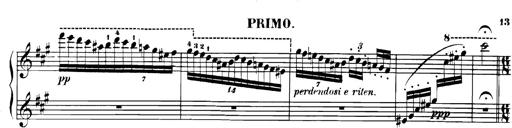
Title: Spinnerlied aus dem Fliegenden HollÃ¤nder
Composer: Franz Liszt